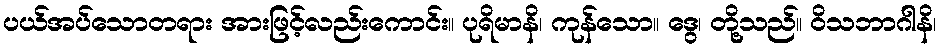
ပယ်အပ်သောတရား အားဖြင့်လည်းကောင်း။ ပုရိမာနိ၊ ကုန်သော။ ဒွေ၊ တို့သည်။ ဝိသဘာဂါနိ၊